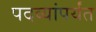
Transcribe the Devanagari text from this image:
पदव्यांपर्यंत